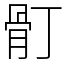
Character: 𩨑